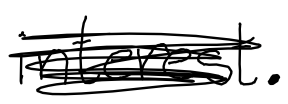
Text: interest.
Cross-out: scratch
Writing tool: digital_black